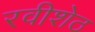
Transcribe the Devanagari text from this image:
रवीशेठ